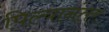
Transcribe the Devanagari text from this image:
पिल्यानंतर